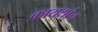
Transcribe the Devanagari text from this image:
कायद्यांच